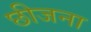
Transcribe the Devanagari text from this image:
छीजना